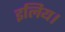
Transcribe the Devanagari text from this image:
इलिय।